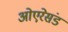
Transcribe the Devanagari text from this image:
ओएरेसंड